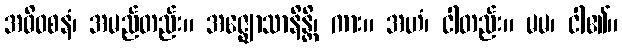
အဓိဝစနံ၊ အမည်တည်း။ အဇ္ဈောသာနိန္တိ၊ ကား။ အဟံ၊ ငါတည်း။ မမ၊ ငါ၏။